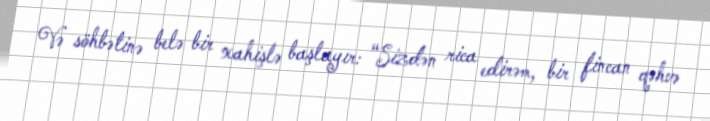
Və söhbətinə belə bir xahişlə başlayır: “Sizdən rica edirəm, bir fincan qəhvə